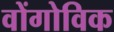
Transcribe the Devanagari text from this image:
वोंगोविक